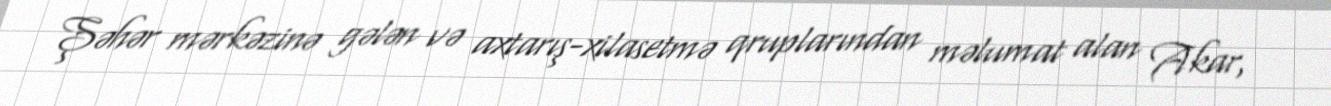
Şəhər mərkəzinə gələn və axtarış-xilasetmə qruplarından məlumat alan Akar,